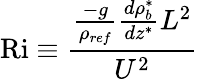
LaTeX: \textrm{Ri}\equiv\frac{\frac{-g}{\rho_{ref}}\frac{d\rho_{b}^{*}}{dz^{*}}L^{2}}{U^{2}}